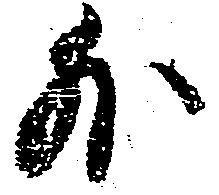
外